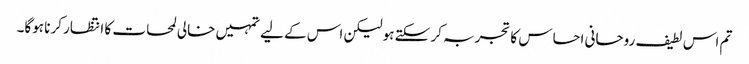
تم اس لطیف روحانی احساس کا تجربہ کر سکتے ہو لیکن اس کے لیے تمہیں خالی لمحات کا انتظار کرنا ہوگا۔